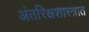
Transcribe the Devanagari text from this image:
अंतरिक्षशास्त्रात